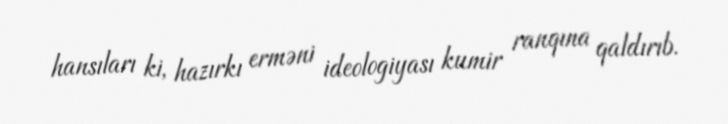
hansıları ki, hazırkı erməni ideologiyası kumir ranqına qaldırıb.